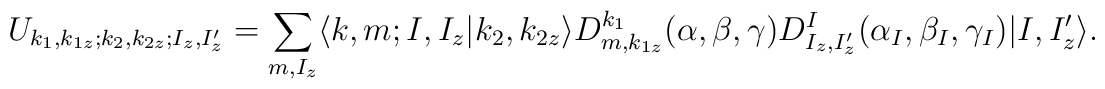
U_{k_1, k_{1 z}; k_2, k_{2 z}; I_z, I_z^\prime} = \sum_{m, I_z}\langle k, m; I, I_z | k_2, k_{2 z} \rangle D^{k_1}_{m, k_{1z}}(\alpha, \beta, \gamma) D^I_{I_z, I_z^\prime}(\alpha_I,\beta_I, \gamma_I) | I, I_z^\prime \rangle.